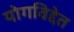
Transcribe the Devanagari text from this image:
योगविद्देत